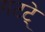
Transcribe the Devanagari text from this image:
गटटे्